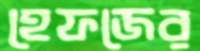
হেফজের